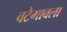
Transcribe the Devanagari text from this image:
वटेगावला